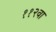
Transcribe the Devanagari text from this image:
११२वा